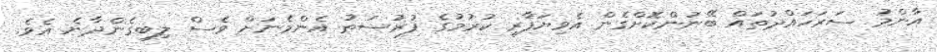
އާންމު ސަރަހައްދުތައް ބޭނުންކޮށްގެން އެވިޔަފާރި ކުރުމުގެ ފުރުސަތު އެންމެނަށް ވެސް ލިބިގެންދާނެ އެވެ.